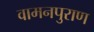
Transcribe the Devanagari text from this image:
वामनपुराण